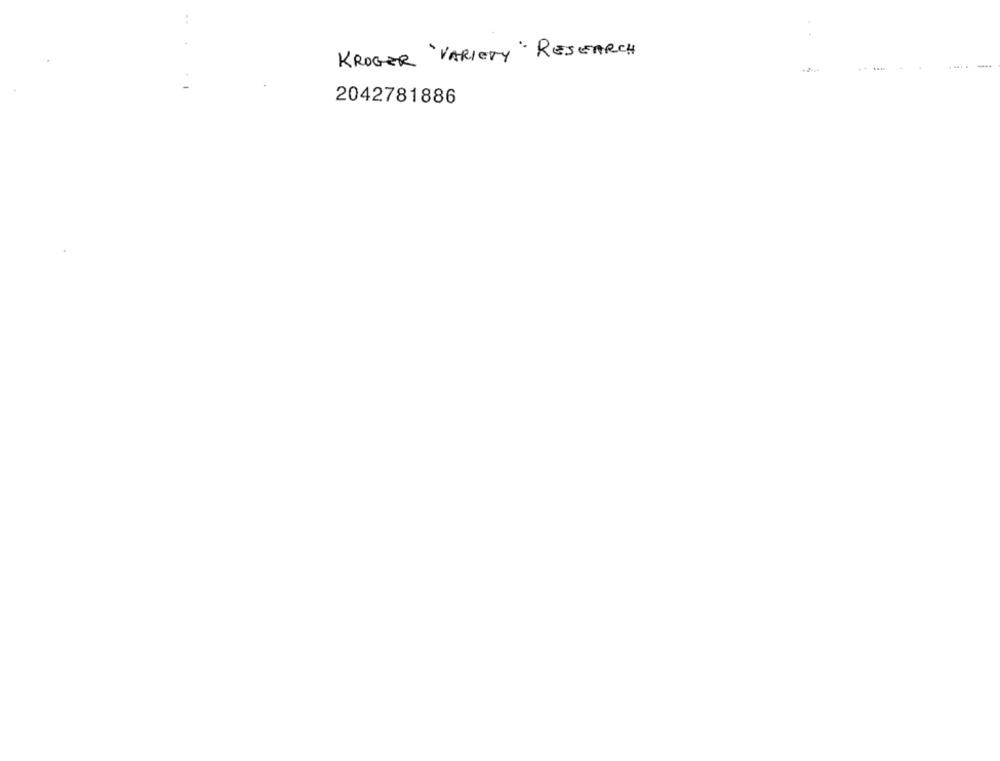
KROGER 'VARIETY RESEARCH
2042781886